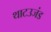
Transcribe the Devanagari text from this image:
थाटउजंड